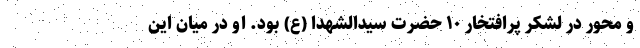
و محور در لشکر پرافتخار ۱۰ حضرت سیدالشهدا (ع) بود. او در میان این